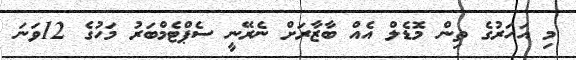
މި އަހަރުގެ ތިން މޮޑެލް އެއް ބާޒާރަށް ނެރޭނީ ސެޕްޓެމްބަރު މަހުގެ 12ވަނަ